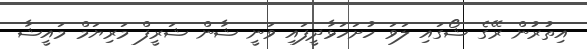
އިތުރުން ރޭގެ ޝޯގައި ލަވަ ހުށަހަޅާދީފައި ވަނީ ޝާން ޝަރީފް މަރިޔަމް މައީޝާ